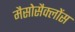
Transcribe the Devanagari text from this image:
मैसोसैक्लोंस